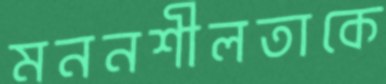
মননশীলতাকে